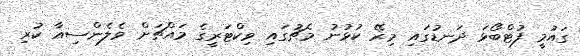
ގައުމީ ފުޓްބޯޅަ ދަނޑުގައި މިރޭ ކުޅުނު މެޗުގައި ވިކްޓަރީގެ މައްޗަށް ވެލެންސިއާ ކުރި